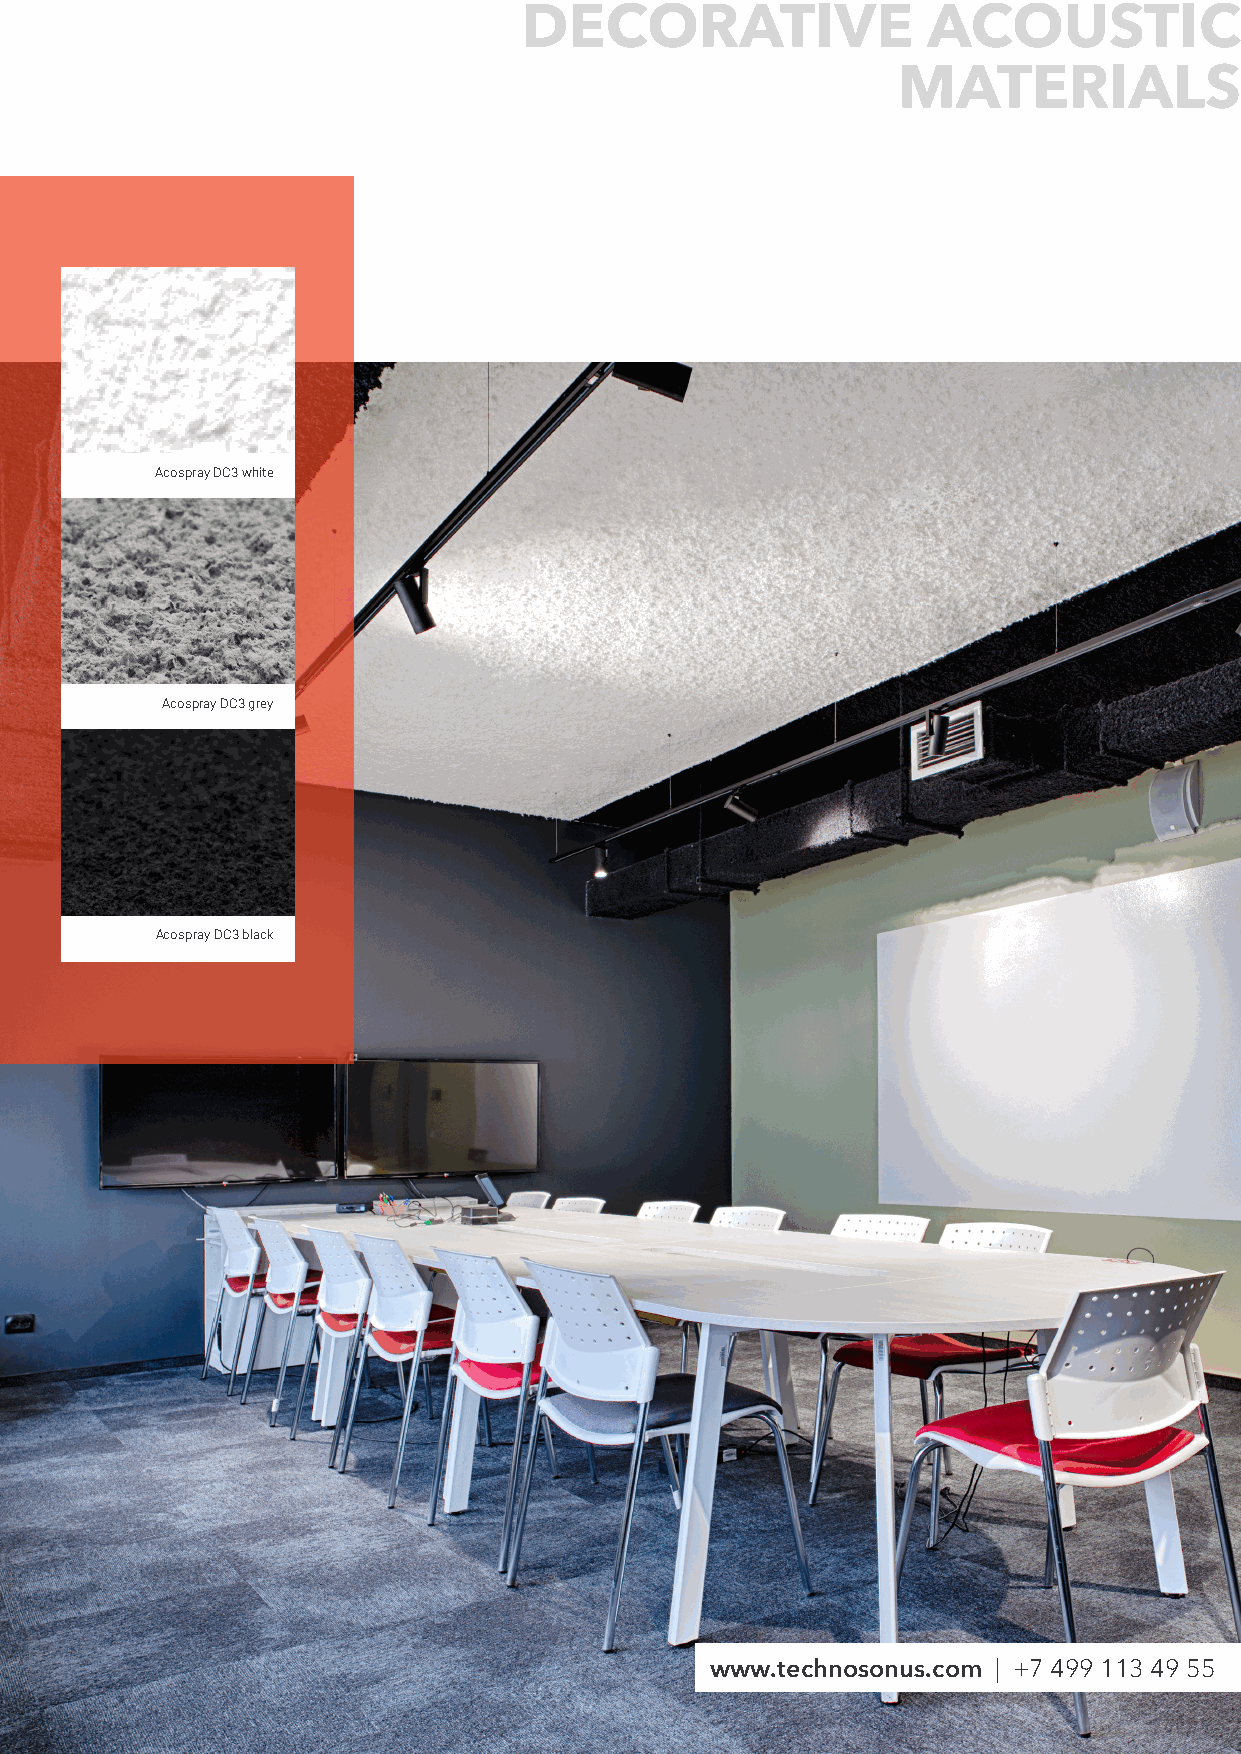
DECORATIVE                 ACOUSTIC
 MATERIALS
 Acospray DC3 white
 Acospray DC3 grey
 Acospray DC3 black
 www.technosonus.com | +7 499 113 49 55